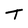
Character: T